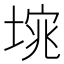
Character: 𭏆